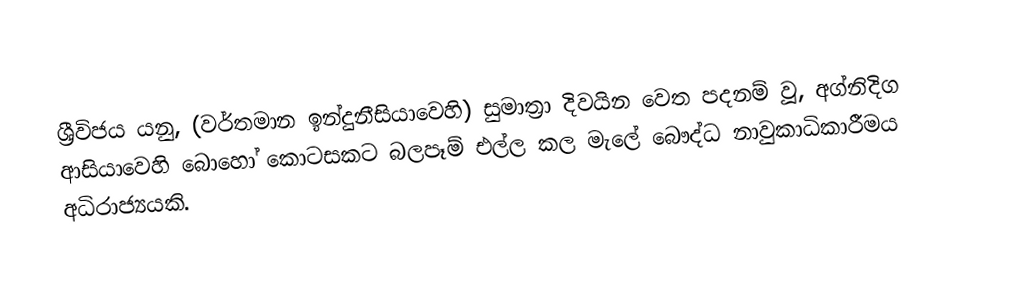
ශ්‍රීවිජය  යනු, (වර්තමාන ඉන්දුනීසියාවෙහි) සුමාත්‍රා දිවයින වෙත පදනම් වූ,  අග්නිදිග ආසියාවෙහි බොහෝ කොටසකට බලපෑම් එල්ල කල මැලේ බෞද්ධ  නාවුකාධිකාරීමය අධිරාජ්‍යයකි.